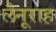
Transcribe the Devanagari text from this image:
लैनूराह